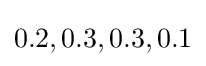
0.2,0.3,0.3,0.1